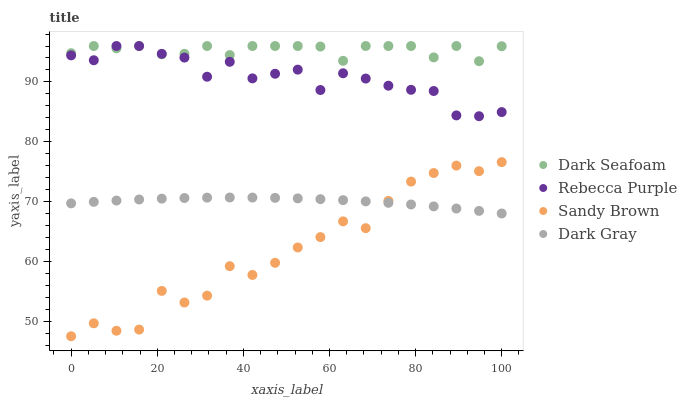
| xaxis_label | Dark Seafoam | Rebecca Purple | Sandy Brown | Dark Gray |
 | --- | --- | --- | --- | --- |
 | 0 | 94.8 | 94.4 | 47.5 | 69.7 |
 | 5.26 | 96 | 93.6 | 49.7 | 70 |
 | 10.5 | 95.6 | 96 | 48.5 | 70.2 |
 | 15.8 | 96 | 96 | 48.7 | 70.4 |
 | 21.1 | 94.6 | 94.7 | 55.1 | 70.5 |
 | 26.3 | 94.7 | 94.1 | 53.2 | 70.6 |
 | 31.6 | 96 | 90.9 | 54.3 | 70.7 |
 | 36.8 | 94.5 | 93.4 | 59.2 | 70.7 |
 | 42.1 | 96 | 90.6 | 57.8 | 70.7 |
 | 47.4 | 96 | 91.4 | 59.8 | 70.6 |
 | 52.6 | 96 | 92.1 | 62.4 | 70.6 |
 | 57.9 | 95.9 | 88.7 | 64.1 | 70.4 |
 | 63.2 | 93.5 | 91.4 | 66.7 | 70.3 |
 | 68.4 | 96 | 90.6 | 65.6 | 70.1 |
 | 73.7 | 96 | 89.4 | 70.1 | 69.8 |
 | 78.9 | 96 | 88.7 | 73.4 | 69.5 |
 | 84.2 | 94.1 | 88.5 | 74.8 | 69.2 |
 | 89.5 | 96 | 84.4 | 76 | 68.9 |
 | 94.7 | 93.5 | 84.3 | 75.1 | 68.5 |
 | 100 | 96 | 85 | 76.6 | 68 |